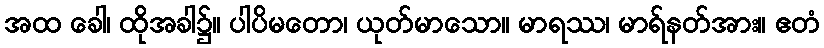
အထ ခေါ၊ ထိုအခါ၌။ ပါပိမတော၊ ယုတ်မာသော။ မာရဿ၊ မာရ်နတ်အား။ ဧတံ